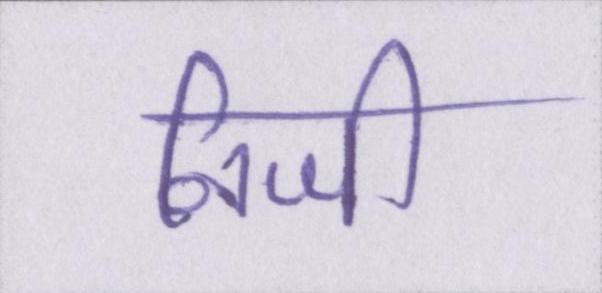
निजी